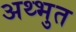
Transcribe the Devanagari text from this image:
अथ्भुत